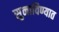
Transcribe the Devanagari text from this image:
सुनाविण्यात